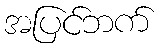
အပြင်ဘက်